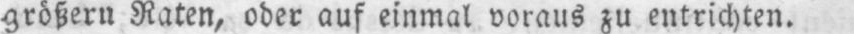
größern Raten, oder auf einmal voraus zu entrichten.